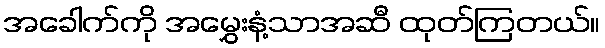
အခေါက်ကို အမွှေးနံ့သာအဆီ ထုတ်ကြတယ်။